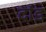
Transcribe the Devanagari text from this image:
दांड